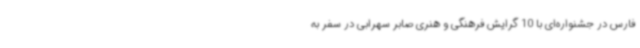
فارس در جشنواره‌ای با 10 گرایش فرهنگی و هنری صابر سهرابی در سفر به